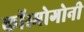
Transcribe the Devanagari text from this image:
कॉस्मोगोनी